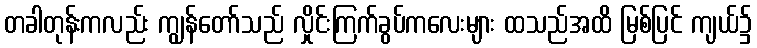
တခါတုန်းကလည်း ကျွန်တော်သည် လှိုင်းကြက်ခွပ်ကလေးများ ထသည်အထိ မြစ်ပြင် ကျယ်၌